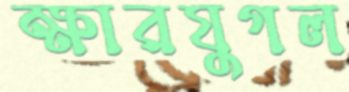
ক্ষারযুগল